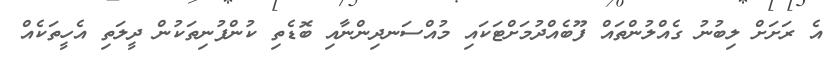
އެ ރަށަށް ލިބުނު ގެއްލުންތައް ފޫބެއްދުމަށްޓަކައި މުއްސަނދިންނާއި ބޮޑެތި ކުންފުނިތަކުން ދީލަތި އެހީތަކެއް